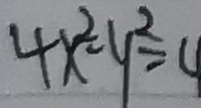
4 x ^ { 2 } - y ^ { 2 } = 4